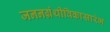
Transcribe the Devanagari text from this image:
जननग्रंथीविकासारंभ